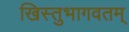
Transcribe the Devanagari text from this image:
खिस्तुभागवतम्